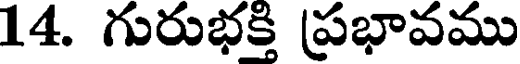
14. గురుభక్తి ప్రభావము